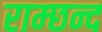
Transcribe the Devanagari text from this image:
राम्छन्द